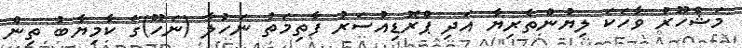
މަޝްހޫރު ވާހަކަ ލިޔުންތެރިޔާ އަދި ޕްރޮޑިއުސަރު ފާތިމަތު ނަހުލާ (ނަހޫ)ގެ ކާމިޔާބު ތިން